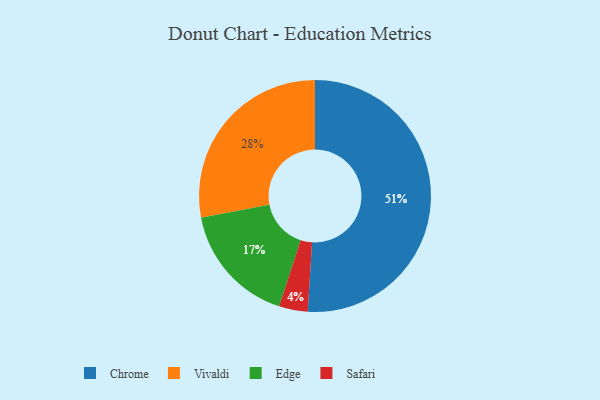
{"axis": {"x": "Category", "y": "Percentage"}, "legend": ["Chrome", "Edge", "Safari", "Vivaldi"], "data": [{"x": "Edge", "y": 17, "type": "Edge"}, {"x": "Safari", "y": 4, "type": "Safari"}, {"x": "Vivaldi", "y": 28, "type": "Vivaldi"}, {"x": "Chrome", "y": 51, "type": "Chrome"}]}